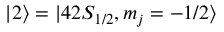
| 2 \rangle = | 4 2 S _ { 1 / 2 } , m _ { j } = - 1 / 2 \rangle